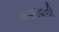
ભણાવવી